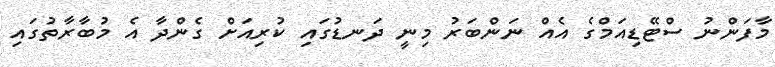
މާފަންނު ސްޓޭޑިއަމްގެ އެއް ނަންބަރު މިނީ ދަނޑުގައި ކުރިއަށް ގެންދާ އެ މުބާރާތުގައި